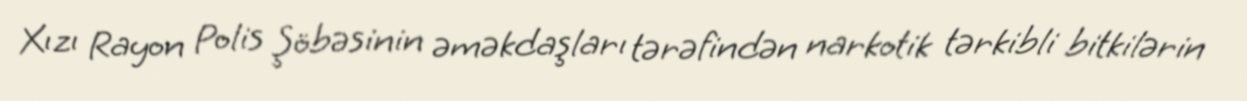
Xızı Rayon Polis Şöbəsinin əməkdaşları tərəfindən narkotik tərkibli bitkilərin